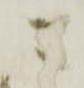
ニ